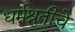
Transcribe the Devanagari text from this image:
धर्मश्रुतीचे